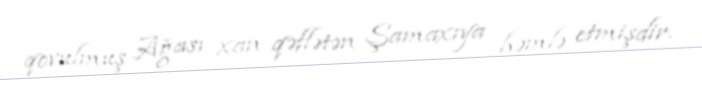
qovulmuş Ağası xan qəflətən Şamaxıya həmlə etmişdir.